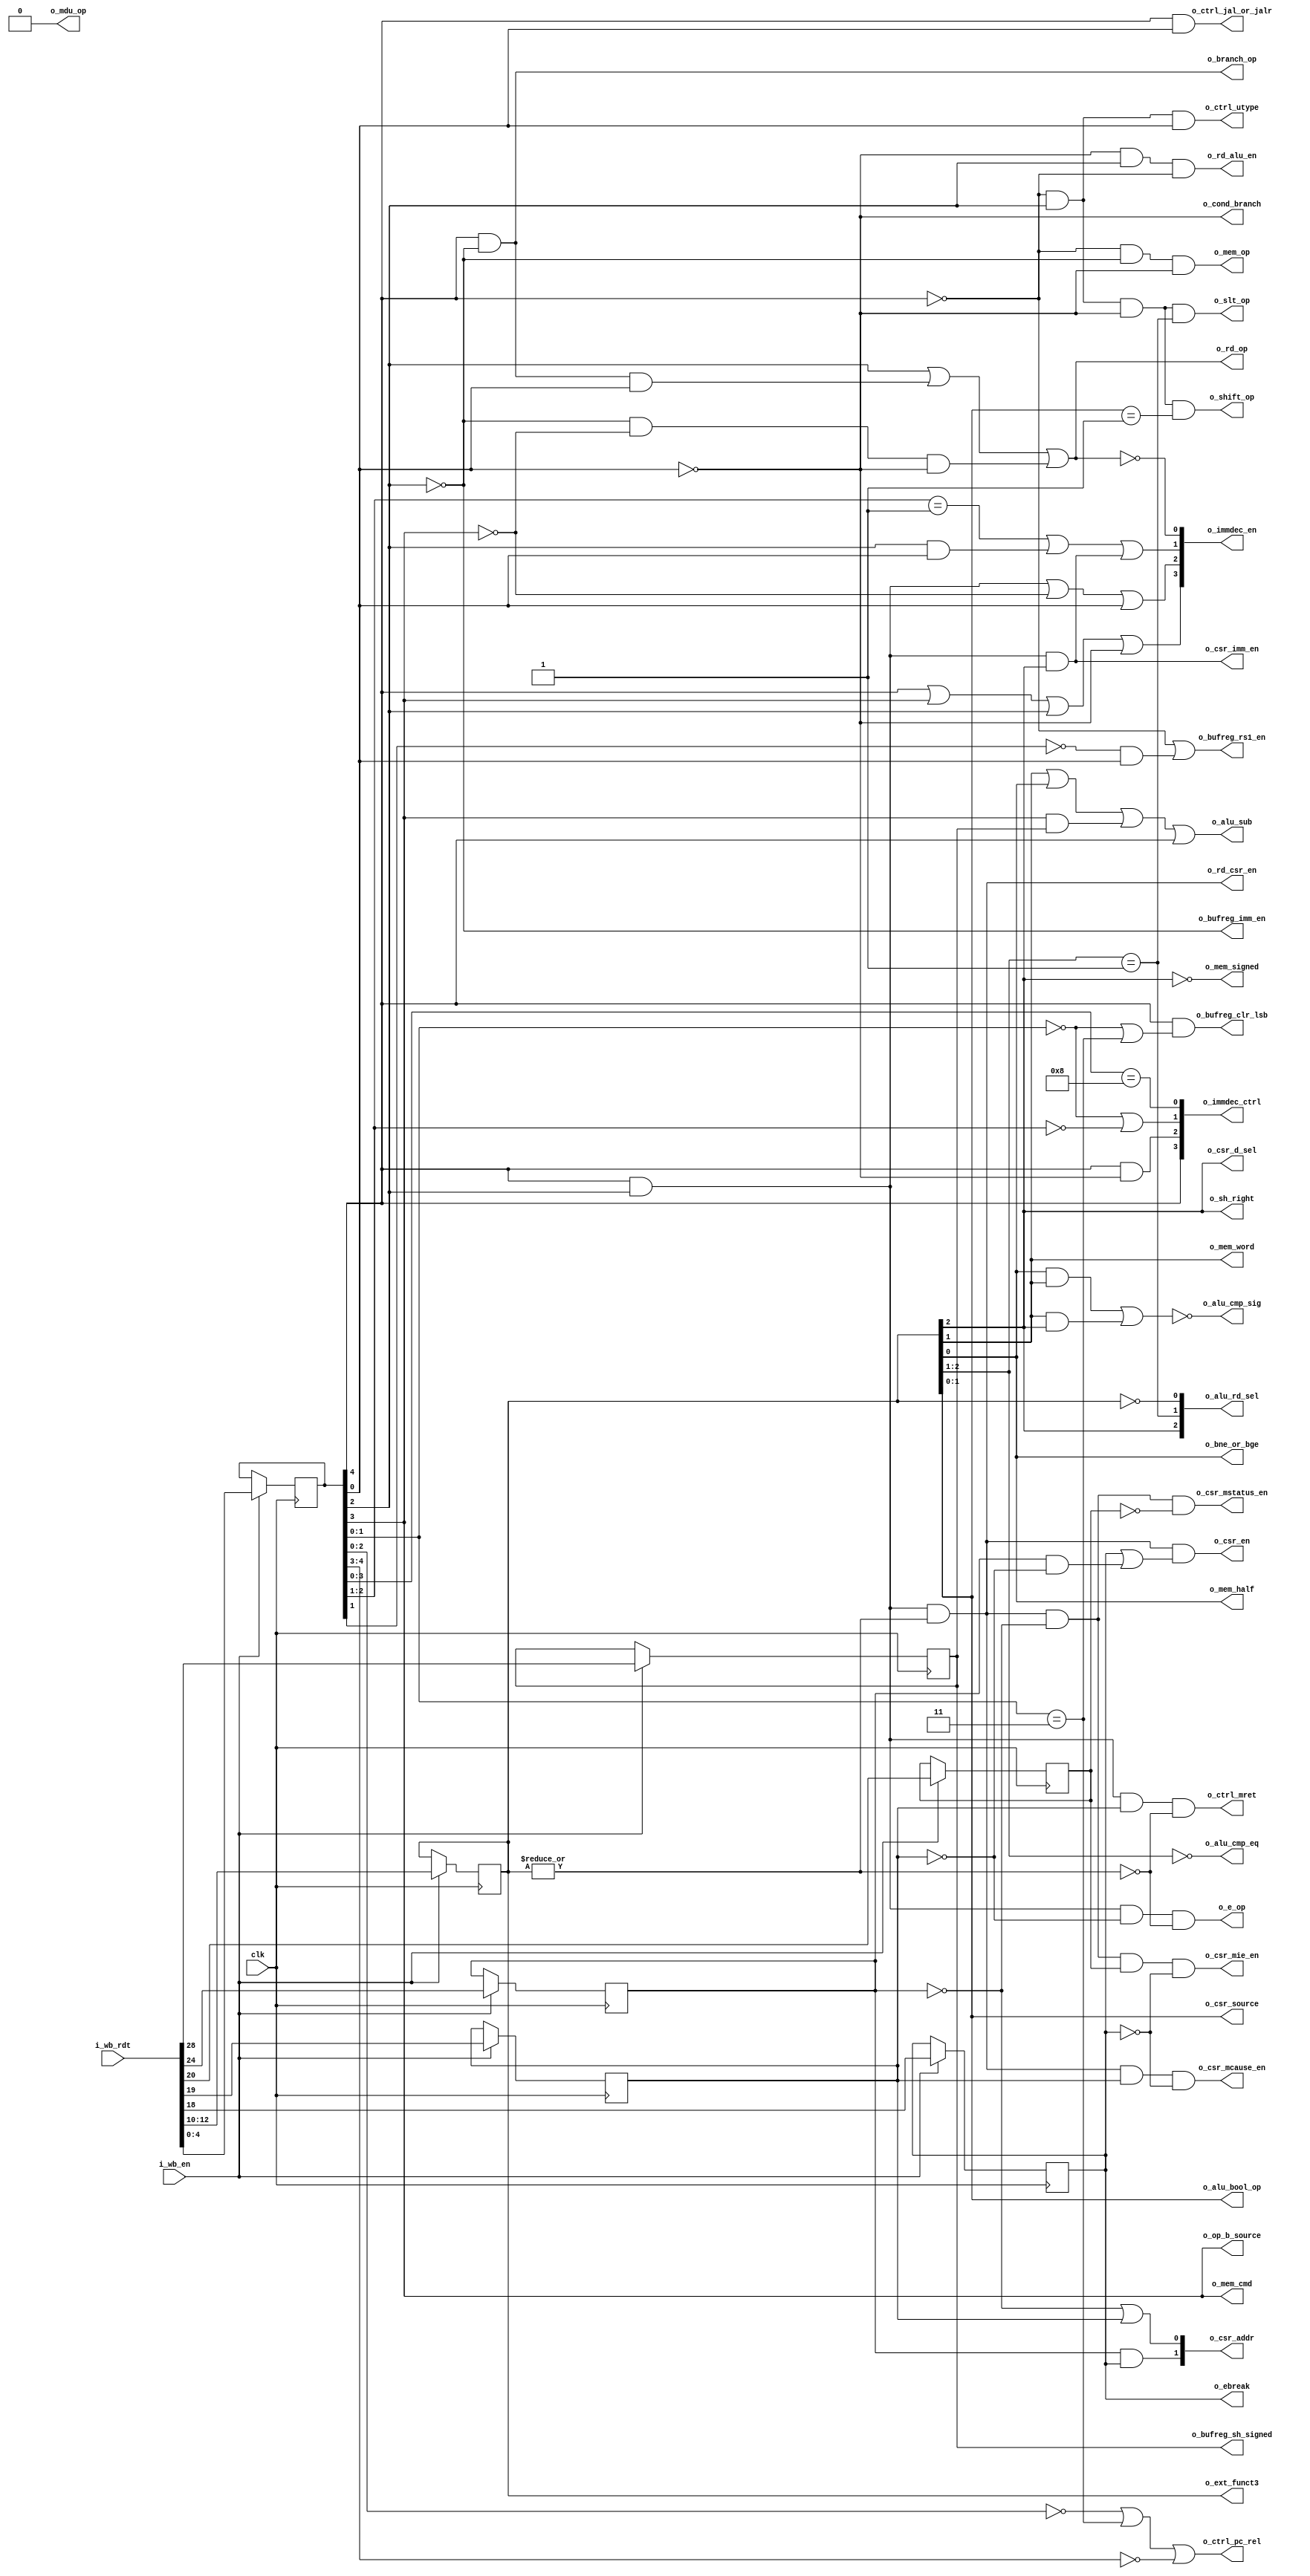
/*
ISC License

Copyright 2019, Olof Kindgren

Permission to use, copy, modify, and/or distribute this software for any purpose with or without fee is hereby granted, provided that the above copyright notice and this permission notice appear in all copies.

THE SOFTWARE IS PROVIDED "AS IS" AND THE AUTHOR DISCLAIMS ALL WARRANTIES WITH REGARD TO THIS SOFTWARE INCLUDING ALL IMPLIED WARRANTIES OF MERCHANTABILITY AND FITNESS. IN NO EVENT SHALL THE AUTHOR BE LIABLE FOR ANY SPECIAL, DIRECT, INDIRECT, OR CONSEQUENTIAL DAMAGES OR ANY DAMAGES WHATSOEVER RESULTING FROM LOSS OF USE, DATA OR PROFITS, WHETHER IN AN ACTION OF CONTRACT, NEGLIGENCE OR OTHER TORTIOUS ACTION, ARISING OUT OF OR IN CONNECTION WITH THE USE OR PERFORMANCE OF THIS SOFTWARE.

*/
`default_nettype none
module serv_decode
  #(parameter [0:0] PRE_REGISTER = 1,
    parameter [0:0] MDU = 0)
  (
   input wire        clk,
   //Input
   input wire [31:2] i_wb_rdt,
   input wire        i_wb_en,
   //To state
   output reg       o_sh_right,
   output reg       o_bne_or_bge,
   output reg       o_cond_branch,
   output reg       o_e_op,
   output reg       o_ebreak,
   output reg       o_branch_op,
   output reg       o_mem_op,
   output reg       o_shift_op,
   output reg       o_slt_op,
   output reg       o_rd_op,
   //MDU
   output reg       o_mdu_op,
   //Extension
   output reg [2:0] o_ext_funct3,
   //To bufreg
   output reg       o_bufreg_rs1_en,
   output reg       o_bufreg_imm_en,
   output reg       o_bufreg_clr_lsb,
   output reg       o_bufreg_sh_signed,
   //To ctrl
   output reg       o_ctrl_jal_or_jalr,
   output reg       o_ctrl_utype,
   output reg       o_ctrl_pc_rel,
   output reg       o_ctrl_mret,
   //To alu
   output reg       o_alu_sub,
   output reg [1:0] o_alu_bool_op,
   output reg       o_alu_cmp_eq,
   output reg       o_alu_cmp_sig,
   output reg [2:0] o_alu_rd_sel,
   //To mem IF
   output reg       o_mem_signed,
   output reg       o_mem_word,
   output reg       o_mem_half,
   output reg       o_mem_cmd,
   //To CSR
   output reg       o_csr_en,
   output reg [1:0] o_csr_addr,
   output reg       o_csr_mstatus_en,
   output reg       o_csr_mie_en,
   output reg       o_csr_mcause_en,
   output reg [1:0] o_csr_source,
   output reg       o_csr_d_sel,
   output reg       o_csr_imm_en,
   //To top
   output reg [3:0] o_immdec_ctrl,
   output reg [3:0] o_immdec_en,
   output reg       o_op_b_source,
   output reg       o_rd_csr_en,
   output reg       o_rd_alu_en);

   reg [4:0] opcode;
   reg [2:0] funct3;
   reg        op20;
   reg        op21;
   reg        op22;
   reg        op26;

   reg       imm25;
   reg       imm30;

   wire op_or_opimm = (!opcode[4] & opcode[2] & !opcode[0]);
   wire co_mdu_op     = MDU & (opcode == 5'b01100) & imm25;

   wire co_shift_op   = op_or_opimm & (funct3[1:0] == 2'b01) & !co_mdu_op;
   wire co_slt_op     = op_or_opimm & (funct3[2:1] == 2'b01) & !co_mdu_op;
   wire co_mem_op   = !opcode[4] & !opcode[2] & !opcode[0];
   wire co_branch_op = opcode[4] & !opcode[2];
   wire co_mem_word   = co_mdu_op | funct3[1];
   wire co_rd_alu_en  = !opcode[0] & opcode[2] & !opcode[4] & !co_mdu_op;
   wire [2:0] co_ext_funct3 = funct3;

   //jal,branch =     imm
   //jalr       = rs1+imm
   //mem        = rs1+imm
   //shift      = rs1
   wire co_bufreg_rs1_en = !opcode[4] | (!opcode[1] & opcode[0]);
   wire co_bufreg_imm_en = !opcode[2];

   //Clear LSB of immediate for BRANCH and JAL ops
   //True for BRANCH and JAL
   //False for JALR/LOAD/STORE/OP/OPIMM?
   wire co_bufreg_clr_lsb = opcode[4] & ((opcode[1:0] == 2'b00) | (opcode[1:0] == 2'b11));

   //Conditional branch
   //True for BRANCH
   //False for JAL/JALR
   wire co_cond_branch = !opcode[0];

   wire co_ctrl_utype       = !opcode[4] & opcode[2] & opcode[0];
   wire co_ctrl_jal_or_jalr = opcode[4] & opcode[0];

   //PC-relative operations
   //True for jal, b* auipc
   //False for jalr, lui
   wire co_ctrl_pc_rel = (opcode[2:0] == 3'b000) |
                          (opcode[1:0] == 2'b11) |
                          (opcode[4:3] == 2'b00);
   //Write to RD
   //True for OP-IMM, AUIPC, OP, LUI, SYSTEM, JALR, JAL, LOAD
   //False for STORE, BRANCH, MISC-MEM
   wire co_rd_op = (opcode[2] |
                     (!opcode[2] & opcode[4] & opcode[0]) |
                     (!opcode[2] & !opcode[3] & !opcode[0]));

   //
   //funct3
   //

   wire co_sh_right   = funct3[2];
   wire co_bne_or_bge = funct3[0];

   //Matches system ops except eceall/ebreak/mret
   wire csr_op = opcode[4] & opcode[2] & (|funct3);


   //op20
   wire co_ebreak = op20;


   //opcode & funct3 & op21

   wire co_ctrl_mret = opcode[4] & opcode[2] & op21 & !(|funct3);
   //Matches system opcodes except CSR accesses (funct3 == 0)
   //and mret (!op21)
   wire co_e_op = opcode[4] & opcode[2] & !op21 & !(|funct3);

   //opcode & funct3 & imm30

   wire co_bufreg_sh_signed = imm30;

   /*
    True for sub, b*, slt*
    False for add*
    op    opcode f3  i30
    b*    11000  xxx x   t
    addi  00100  000 x   f
    slt*  0x100  01x x   t
    add   01100  000 0   f
    sub   01100  000 1   t
    */
   wire co_alu_sub = funct3[1] | funct3[0] | (opcode[3] & imm30) | opcode[4];

   /*
    Bits 26, 22, 21 and 20 are enough to uniquely identify the eight supported CSR regs
    mtvec, mscratch, mepc and mtval are stored externally (normally in the RF) and are
    treated differently from mstatus, mie and mcause which are stored in serv_csr.

    The former get a 2-bit address as seen below while the latter get a
    one-hot enable signal each.

    Hex|2 222|Reg     |csr
    adr|6 210|name    |addr
    ---|-----|--------|----
    300|0_000|mstatus | xx
    304|0_100|mie     | xx
    305|0_101|mtvec   | 01
    340|1_000|mscratch| 00
    341|1_001|mepc    | 10
    342|1_010|mcause  | xx
    343|1_011|mtval   | 11

    */

   //true  for mtvec,mscratch,mepc and mtval
   //false for mstatus, mie, mcause
   wire csr_valid = op20 | (op26 & !op21);

   wire co_rd_csr_en = csr_op;

   wire co_csr_en         = csr_op & csr_valid;
   wire co_csr_mstatus_en = csr_op & !op26 & !op22;
   wire co_csr_mie_en     = csr_op & !op26 &  op22 & !op20;
   wire co_csr_mcause_en  = csr_op         &  op21 & !op20;

   wire [1:0] co_csr_source = funct3[1:0];
   wire co_csr_d_sel = funct3[2];
   wire co_csr_imm_en = opcode[4] & opcode[2] & funct3[2];
   wire [1:0] co_csr_addr = {op26 & op20, !op26 | op21};

   wire co_alu_cmp_eq = funct3[2:1] == 2'b00;

   wire co_alu_cmp_sig = ~((funct3[0] & funct3[1]) | (funct3[1] & funct3[2]));

   wire co_mem_cmd  = opcode[3];
   wire co_mem_signed = ~funct3[2];
   wire co_mem_half   = funct3[0];

   wire [1:0] co_alu_bool_op = funct3[1:0];

   wire [3:0] co_immdec_ctrl;
   //True for S (STORE) or B (BRANCH) type instructions
   //False for J type instructions
   assign co_immdec_ctrl[0] = opcode[3:0] == 4'b1000;
   //True for OP-IMM, LOAD, STORE, JALR  (I S)
   //False for LUI, AUIPC, JAL           (U J)
   assign co_immdec_ctrl[1] = (opcode[1:0] == 2'b00) | (opcode[2:1] == 2'b00);
   assign co_immdec_ctrl[2] = opcode[4] & !opcode[0];
   assign co_immdec_ctrl[3] = opcode[4];

   wire [3:0] co_immdec_en;
   assign co_immdec_en[3] = opcode[4] | opcode[3] | opcode[2] | !opcode[0];                 //B I J S U
   assign co_immdec_en[2] = (opcode[4] & opcode[2]) | !opcode[3] | opcode[0];               //  I J   U
   assign co_immdec_en[1] = (opcode[2:1] == 2'b01) | (opcode[2] & opcode[0]) | co_csr_imm_en;//    J   U
   assign co_immdec_en[0] = ~co_rd_op;                                                       //B     S

   wire [2:0] co_alu_rd_sel;
   assign co_alu_rd_sel[0] = (funct3 == 3'b000); // Add/sub
   assign co_alu_rd_sel[1] = (funct3[2:1] == 2'b01); //SLT*
   assign co_alu_rd_sel[2] = funct3[2]; //Bool

   //0 (OP_B_SOURCE_IMM) when OPIMM
   //1 (OP_B_SOURCE_RS2) when BRANCH or OP
   wire co_op_b_source = opcode[3];

   generate
      if (PRE_REGISTER) begin

         always @(posedge clk) begin
            if (i_wb_en) begin
               funct3 <= i_wb_rdt[14:12];
               imm30  <= i_wb_rdt[30];
               imm25  <= i_wb_rdt[25];
               opcode <= i_wb_rdt[6:2];
               op20   <= i_wb_rdt[20];
               op21   <= i_wb_rdt[21];
               op22   <= i_wb_rdt[22];
               op26   <= i_wb_rdt[26];
            end
         end

         always @(*) begin
            o_sh_right         = co_sh_right;
            o_bne_or_bge       = co_bne_or_bge;
            o_cond_branch      = co_cond_branch;
            o_e_op             = co_e_op;
            o_ebreak           = co_ebreak;
            o_branch_op        = co_branch_op;
            o_mem_op           = co_mem_op;
            o_shift_op         = co_shift_op;
            o_slt_op           = co_slt_op;
            o_rd_op            = co_rd_op;
            o_mdu_op           = co_mdu_op;
            o_ext_funct3       = co_ext_funct3;
            o_bufreg_rs1_en    = co_bufreg_rs1_en;
            o_bufreg_imm_en    = co_bufreg_imm_en;
            o_bufreg_clr_lsb   = co_bufreg_clr_lsb;
            o_bufreg_sh_signed = co_bufreg_sh_signed;
            o_ctrl_jal_or_jalr = co_ctrl_jal_or_jalr;
            o_ctrl_utype       = co_ctrl_utype;
            o_ctrl_pc_rel      = co_ctrl_pc_rel;
            o_ctrl_mret        = co_ctrl_mret;
            o_alu_sub          = co_alu_sub;
            o_alu_bool_op      = co_alu_bool_op;
            o_alu_cmp_eq       = co_alu_cmp_eq;
            o_alu_cmp_sig      = co_alu_cmp_sig;
            o_alu_rd_sel       = co_alu_rd_sel;
            o_mem_signed       = co_mem_signed;
            o_mem_word         = co_mem_word;
            o_mem_half         = co_mem_half;
            o_mem_cmd          = co_mem_cmd;
            o_csr_en           = co_csr_en;
            o_csr_addr         = co_csr_addr;
            o_csr_mstatus_en   = co_csr_mstatus_en;
            o_csr_mie_en       = co_csr_mie_en;
            o_csr_mcause_en    = co_csr_mcause_en;
            o_csr_source       = co_csr_source;
            o_csr_d_sel        = co_csr_d_sel;
            o_csr_imm_en       = co_csr_imm_en;
            o_immdec_ctrl      = co_immdec_ctrl;
            o_immdec_en        = co_immdec_en;
            o_op_b_source      = co_op_b_source;
            o_rd_csr_en        = co_rd_csr_en;
            o_rd_alu_en        = co_rd_alu_en;
         end

      end else begin

         always @(*) begin
            funct3  = i_wb_rdt[14:12];
            imm30   = i_wb_rdt[30];
            imm25   = i_wb_rdt[25];
            opcode  = i_wb_rdt[6:2];
            op20    = i_wb_rdt[20];
            op21    = i_wb_rdt[21];
            op22    = i_wb_rdt[22];
            op26    = i_wb_rdt[26];
         end

         always @(posedge clk) begin
            if (i_wb_en) begin
               o_sh_right         <= co_sh_right;
               o_bne_or_bge       <= co_bne_or_bge;
               o_cond_branch      <= co_cond_branch;
               o_e_op             <= co_e_op;
               o_ebreak           <= co_ebreak;
               o_branch_op        <= co_branch_op;
               o_mem_op           <= co_mem_op;
               o_shift_op         <= co_shift_op;
               o_slt_op           <= co_slt_op;
               o_rd_op            <= co_rd_op;
               o_mdu_op           <= co_mdu_op;
               o_ext_funct3       <= co_ext_funct3;
               o_bufreg_rs1_en    <= co_bufreg_rs1_en;
               o_bufreg_imm_en    <= co_bufreg_imm_en;
               o_bufreg_clr_lsb   <= co_bufreg_clr_lsb;
               o_bufreg_sh_signed <= co_bufreg_sh_signed;
               o_ctrl_jal_or_jalr <= co_ctrl_jal_or_jalr;
               o_ctrl_utype       <= co_ctrl_utype;
               o_ctrl_pc_rel      <= co_ctrl_pc_rel;
               o_ctrl_mret        <= co_ctrl_mret;
               o_alu_sub          <= co_alu_sub;
               o_alu_bool_op      <= co_alu_bool_op;
               o_alu_cmp_eq       <= co_alu_cmp_eq;
               o_alu_cmp_sig      <= co_alu_cmp_sig;
               o_alu_rd_sel       <= co_alu_rd_sel;
               o_mem_signed       <= co_mem_signed;
               o_mem_word         <= co_mem_word;
               o_mem_half         <= co_mem_half;
               o_mem_cmd          <= co_mem_cmd;
               o_csr_en           <= co_csr_en;
               o_csr_addr         <= co_csr_addr;
               o_csr_mstatus_en   <= co_csr_mstatus_en;
               o_csr_mie_en       <= co_csr_mie_en;
               o_csr_mcause_en    <= co_csr_mcause_en;
               o_csr_source       <= co_csr_source;
               o_csr_d_sel        <= co_csr_d_sel;
               o_csr_imm_en       <= co_csr_imm_en;
               o_immdec_ctrl      <= co_immdec_ctrl;
               o_immdec_en        <= co_immdec_en;
               o_op_b_source      <= co_op_b_source;
               o_rd_csr_en        <= co_rd_csr_en;
               o_rd_alu_en        <= co_rd_alu_en;
            end
         end

      end
   endgenerate

endmodule